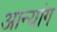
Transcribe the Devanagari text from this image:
आन्यांग